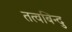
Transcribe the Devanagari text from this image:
तत्वबिन्दु